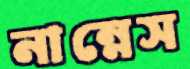
নান্নেস